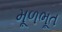
મૂળભૂત